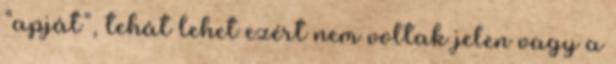
“apját”, tehát lehet ezért nem voltak jelen vagy a